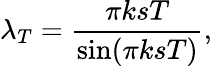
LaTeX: \lambda_{T}=\frac{\pi ksT}{\sin(\pi ksT)},